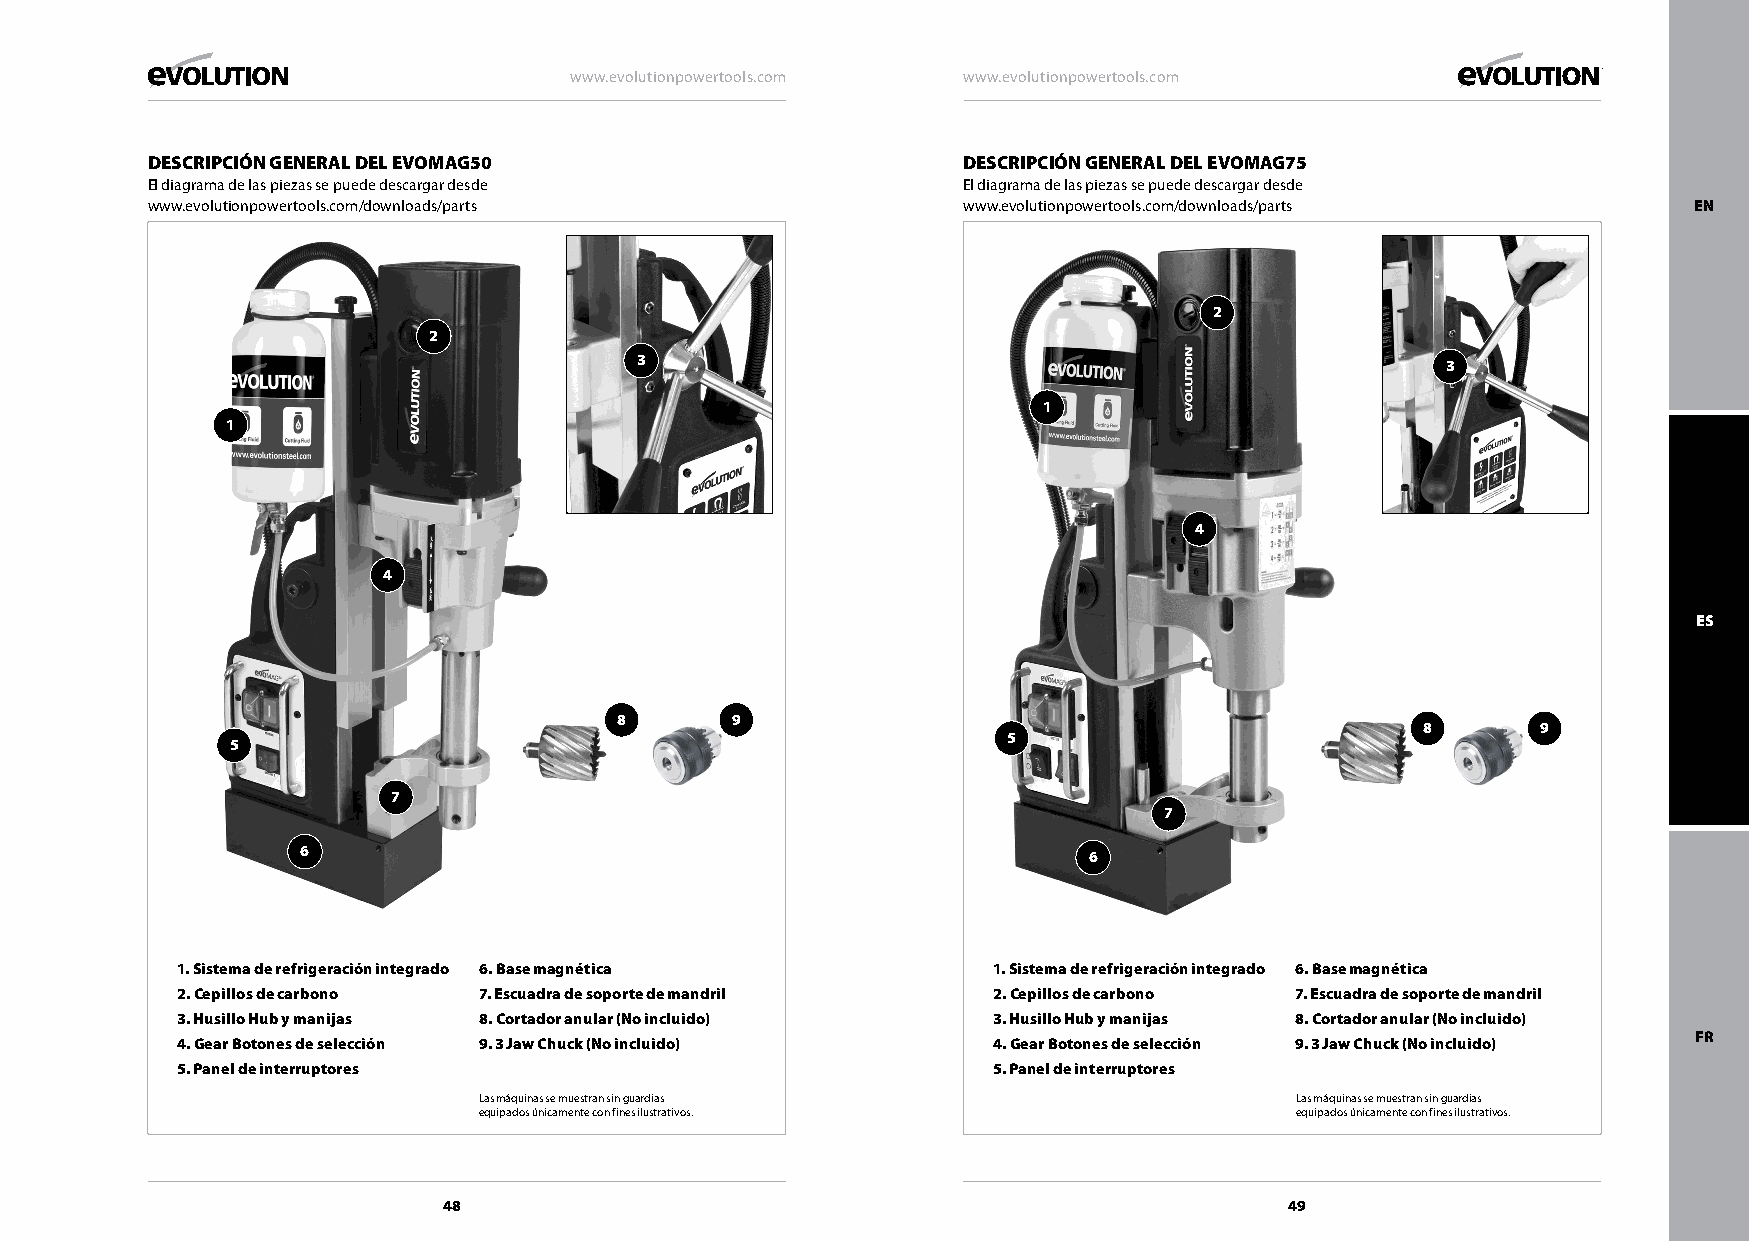
www.evolutionpowertools.com www.evolutionpowertools.com
 DESCRIPCIóN GENERAL DEL EVOMAG50                      DESCRIPCIóN GENERAL DEL EVOMAG75
 El diagrama de las piezas se puede descargar desde    El diagrama de las piezas se puede descargar desde
 www.evolutionpowertools.com/downloads/parts           www.evolutionpowertools.com/downloads/parts     EN
 2
 2
 3                                                     3
 1
 1
 4
 4
 ES
 8      9
 8       9
 5
 5
 7
 7
 6                                                   6
 1. Sistema de refrigeración integrado 6. Base magnética 1. Sistema de refrigeración integrado 6. Base magnética
 2. Cepillos de carbono 7. Escuadra de soporte de mandril 2. Cepillos de carbono 7. Escuadra de soporte de mandril
 3. Husillo Hub y manijas 8. Cortador anular (No incluido) 3. Husillo Hub y manijas 8. Cortador anular (No incluido)
 FR
 4. Gear Botones de selección 9. 3 Jaw Chuck (No incluido) 4. Gear Botones de selección 9. 3 Jaw Chuck (No incluido)
 5. Panel de interruptores                             5. Panel de interruptores
 Las máquinas se muestran sin guardias                 Las máquinas se muestran sin guardias
 equipados únicamente con fines ilustrativos.          equipados únicamente con fines ilustrativos.
 48                                                      49